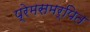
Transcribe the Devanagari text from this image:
प्रेमसमर्पित